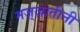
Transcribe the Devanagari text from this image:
मज़्ज़ातीनी